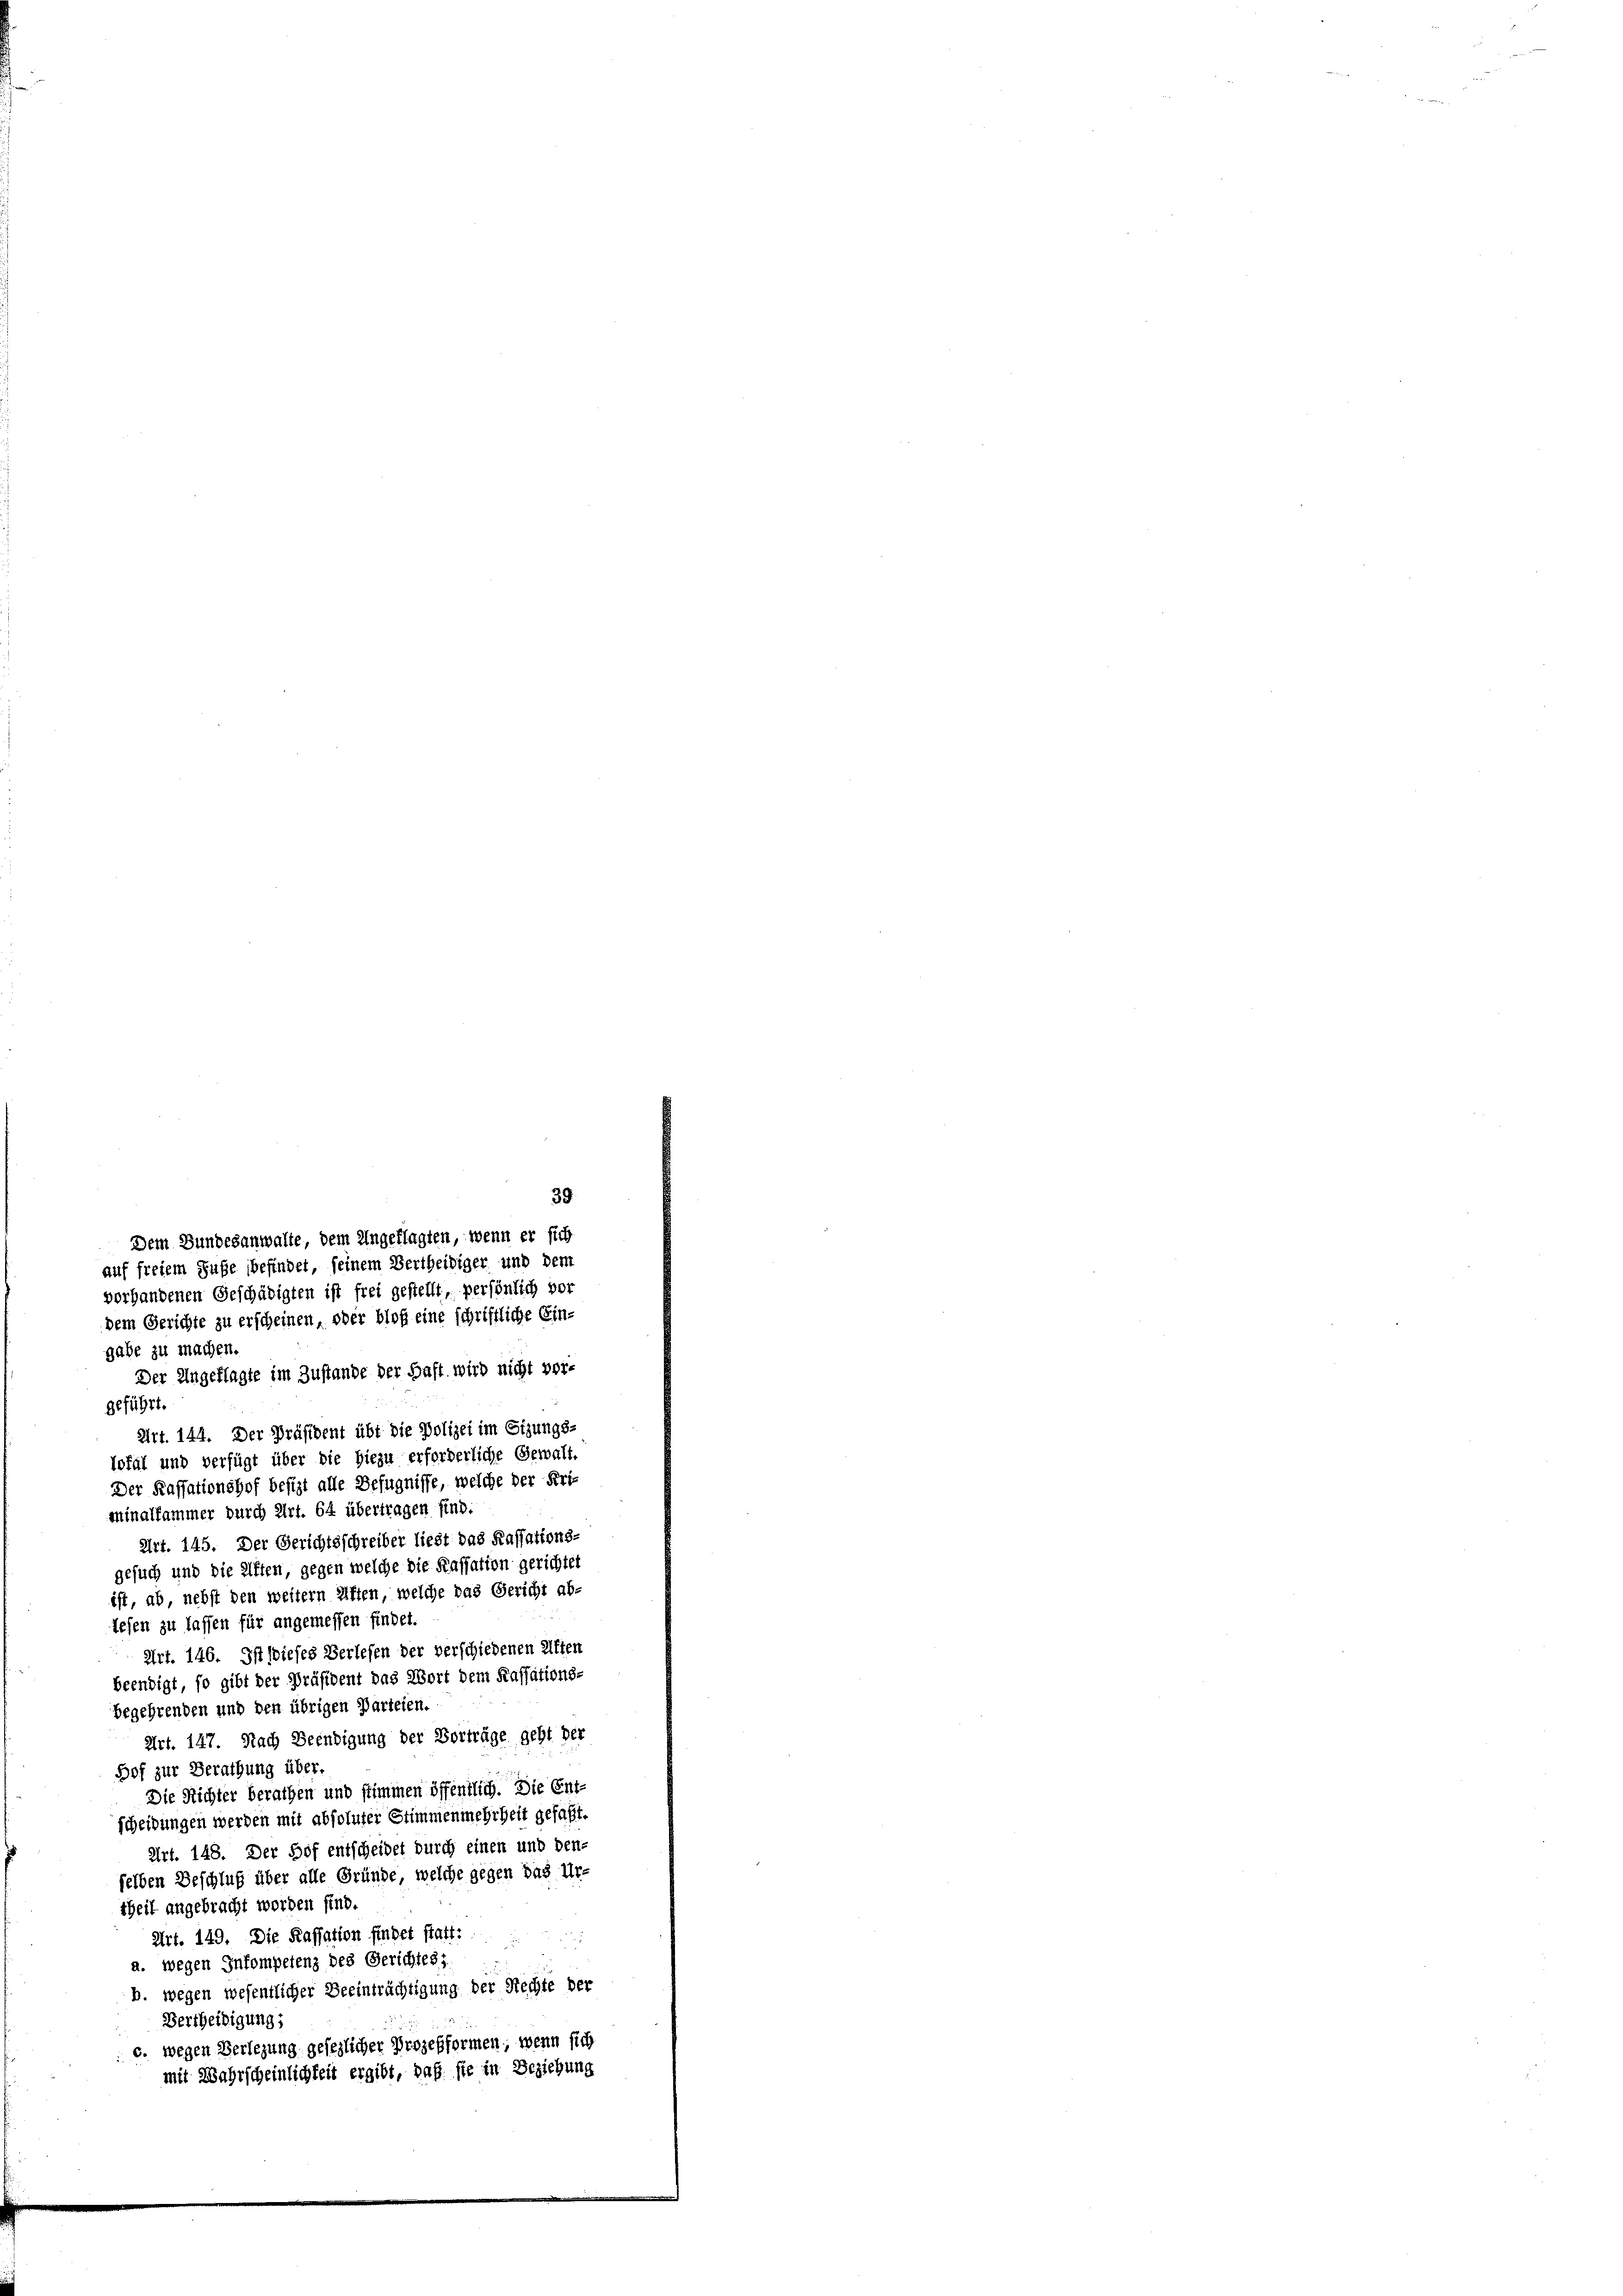
vorhandenen Geschädigten ist frei gestellt, persönlich vor
dem Gerichte zu erscheinen, oder bloß eine schriftliche Eingabe zu machen.
Der Angeklagte im Zustande der Haft wird nicht vorgeführt.
Art. 144. Der Präsident übt die Polizei im Sizungs-
Tofal und verfügt über die hiezu erforderliche Gewalt-
Der Kassationshof besizt alle Befugnisse, welche der Uriminalfammer durch Art. 64 übertragen sind.
Art. 145. Der Gerichtsschreiber liest das Kassations-
gesuch und die Affen, gegen welche die Kassation gerichtet
ist, ab, nebst den weitern Affen, welche das Gericht ab-
tehen zu lassen für angemessen findet.
Art. 146. Ist dieses Verlesen der verschiedenen Kiften
beendigt, so gibt der Präsident das Wort dem Kassations-
begehrenden und den übrigen Parteien.
Art. 147. Nach Beendigung der Vorträge geht der
Hof zur Berathung über.
Die Richter berathen und stimmen öffentlich. Die Ent-
scheidungen werden mit absoluter Stimmenmehrheit gefaßt.
Art. 148. Der Hof entscheidet durch einen und den-
selben Beschluß über alle Gründe, welche gegen das Urtheil angebracht worden sind.
Art. 149. Die Kassation findet statt:
a. wegen Inkompetenz des Gerichtes;
b. wegen wesentlicher Beeinträchtigung der Rechte der
Bertheidigung;
c. wegen Verlegung gesezlicher Prozesformen, wenn sich
mit Wahrscheinlichkeit ergibt, daß sie in Beziehung

39
Dem Bundesanwalte, dem Ungeflagten, wenn er sich
auf freiem Fuße befindet, seinem Bertheidiger und dem